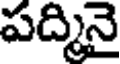
పద్మినై